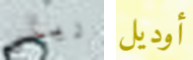
رينى أوديل